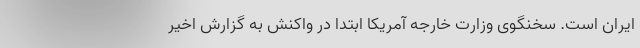
ایران است. سخنگوی وزارت خارجه آمریکا ابتدا در واکنش به گزارش اخیر